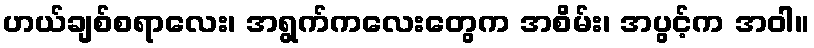
ဟယ်ချစ်စရာလေး၊ အရွက်ကလေးတွေက အစိမ်း၊ အပွင့်က အဝါ။